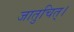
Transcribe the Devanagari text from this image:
जातुचित्।